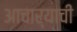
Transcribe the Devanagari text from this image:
आचार्‍याची